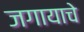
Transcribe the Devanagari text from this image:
जगायाचे